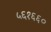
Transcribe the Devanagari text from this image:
५६१६६०